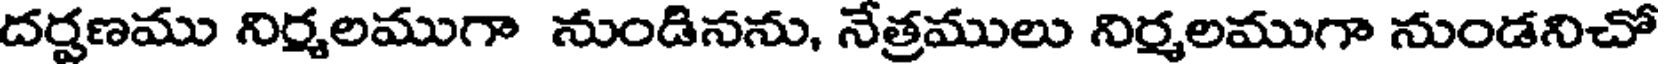
దర్షణము నిర్మలముగా నుండినను, నేత్రములు నిర్మలముగా నుండనిచో